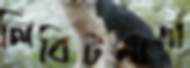
লিবিটমাত্রা